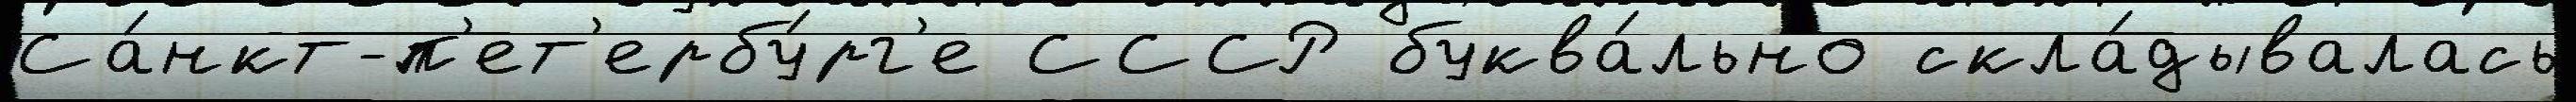
Са́нкт-п'ет'ербу́рг'е СССР буква́льно скла́дывалась